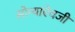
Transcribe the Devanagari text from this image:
सोन्याऐवजी